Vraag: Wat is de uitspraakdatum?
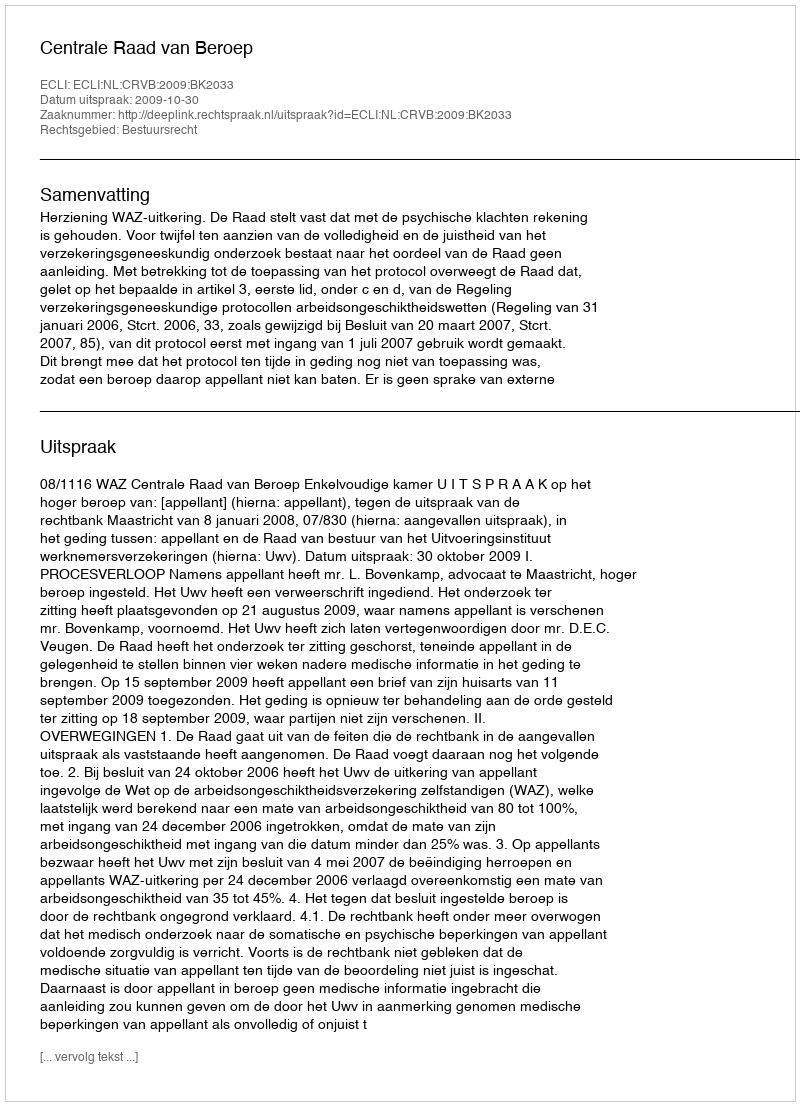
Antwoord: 2009-10-30